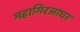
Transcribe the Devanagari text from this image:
महागिरजाघर